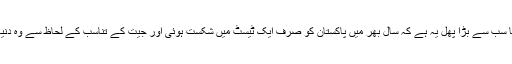
ان کھلاڑیوں کی کارکردگی کا سب سے بڑا پھل یہ ہے کہ سال بھر میں پاکستان کو صرف ایک ٹیسٹ میں شکست ہوئی اور جیت کے تناسب کے لحاظ سے وہ دنیا کی تمام ٹیموں سے آگے رہا۔